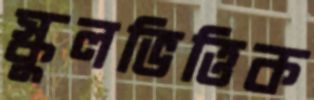
স্কুলভিত্তিক